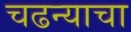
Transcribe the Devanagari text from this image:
चढन्याचा